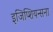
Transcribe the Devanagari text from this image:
इजिप्शियन्सना